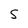
Character: S